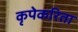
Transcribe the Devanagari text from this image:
कृपेकरिता